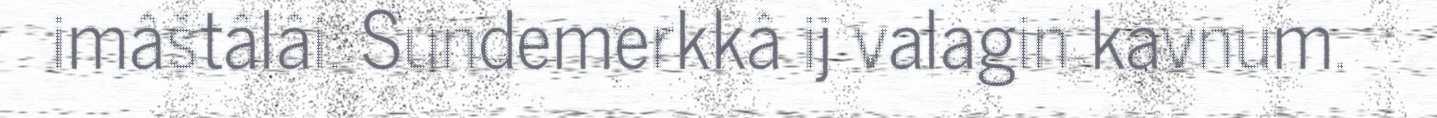
imâštâlâi. Sundemerkkâ ij valagin kavnum.